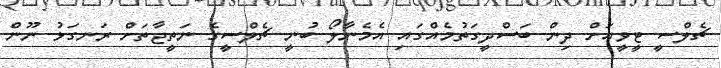
ޗެލްސީ ޓީވީއަށް ދިން ބަސްދީގަތުމެއްގައި އެމެނާލޯ ބުނީ ޗެލްސީގެ ނަތީޖާތަށް ރަނގަޅު ނޫން